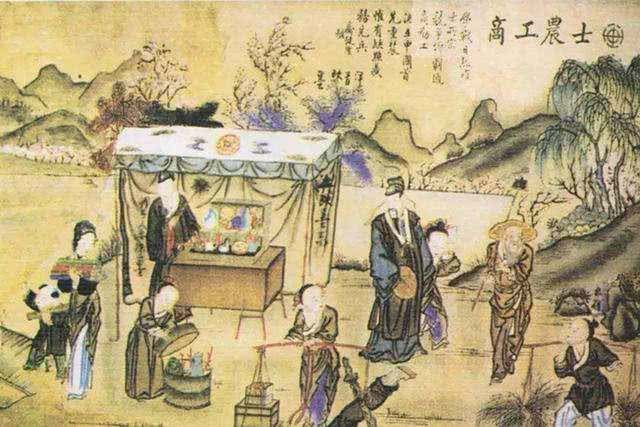
得百姓之力者富，得百姓之死者强，得百姓之誉者荣。